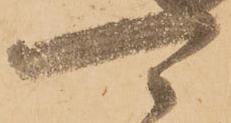
可